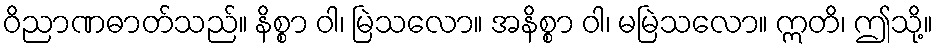
ဝိညာဏဓာတ်သည်။ နိစ္စာ ဝါ၊ မြဲသလော။ အနိစ္စာ ဝါ၊ မမြဲသလော။ ဣတိ၊ ဤသို့။